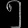
Digit: ၅